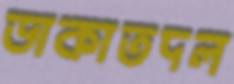
ডাকাতদল